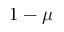
1 - \mu